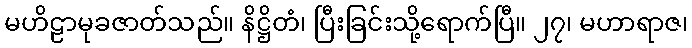
မဟိဠာမုခဇာတ်သည်။ နိဋ္ဌိတံ၊ ပြီးခြင်းသို့ရောက်ပြီ။ ၂၇၊ မဟာရာဇ၊